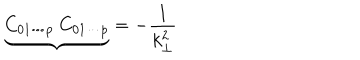
LaTeX: { \underbrace { C _ { 0 1 \cdots p } ~ C _ { 0 1 \cdots p } } } = - \frac { 1 } { k _ { \bot } ^ { 2 } }